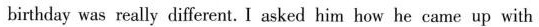
birthday was really different. I asked him how he came up with